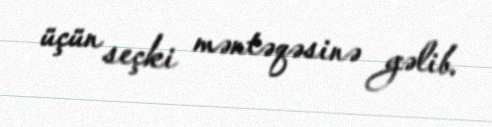
üçün seçki məntəqəsinə gəlib.